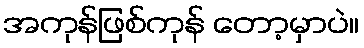
အကုန်ဖြစ်ကုန် တော့မှာပဲ။